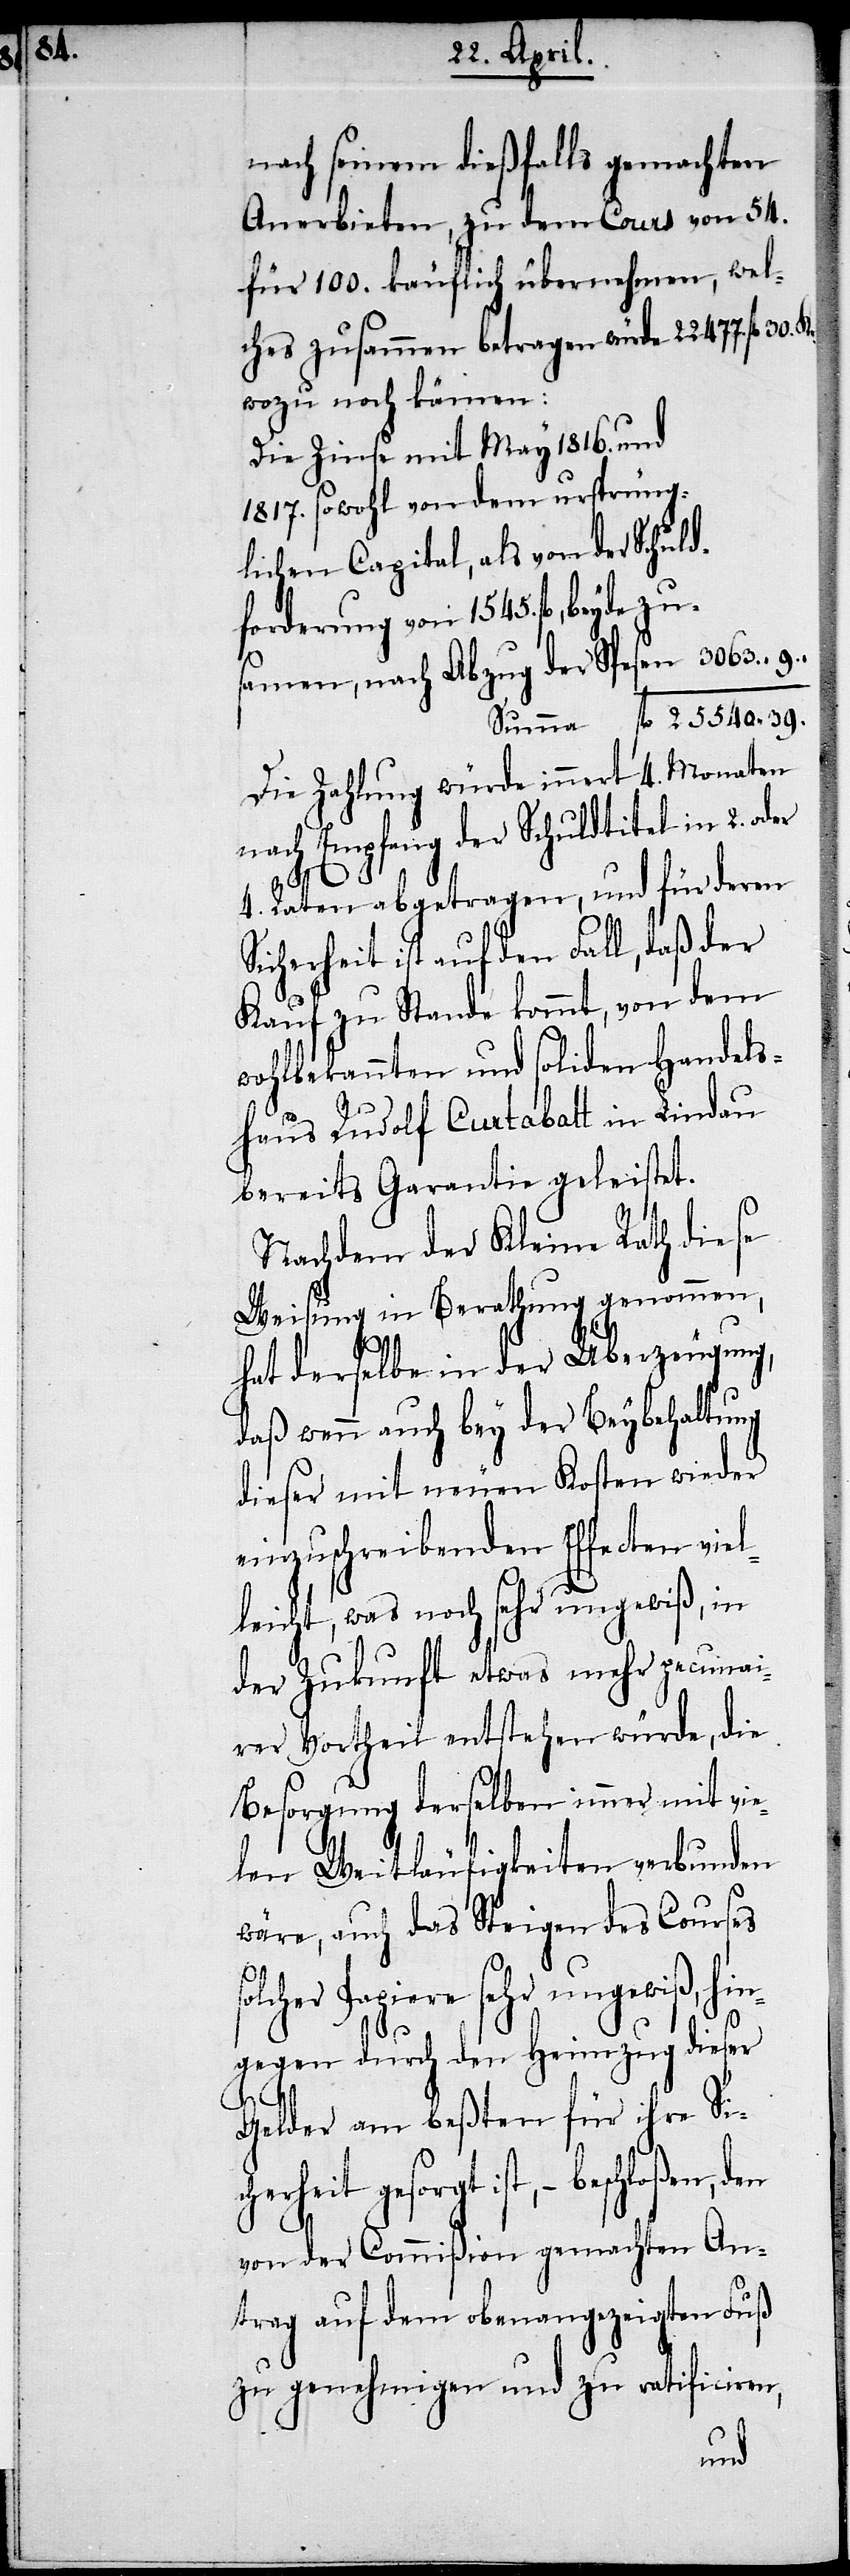
Kr.

nach seinem dießfalls gemachten
Anerbieten, zu dem Cours von 54.
für 100. käuflich übernehmen, welc¬
wozu noch kämen:
Die Zinse mit May 1816. und
1817. sowohl von dem ursprüng¬
lichen Capital, als von der Schuld¬
forderung von 1545. fl., beyde
Summa fl. 25 540. 39.
Die Zahlung würde innert 4. Monaten
nach Empfang der Schuldtitel in 2. oder
4. Raten abgetragen, und für deren
Sicherheit ist auf den Fall, daß der
Kauf zu Stande kommt, von dem
wohlbekannten und soliden Handels¬
haus Rudolf Curtabatt in Lindau
bereits Garantie geleistet.
Nachdem der Kleine Rath diese
Weisung in Berathung genommen,
hat derselbe in der Überzeugung,
daß wenn auch bey der Beybehaltung
dieser mit neuen Kosten wieder
einzuschreibenden Effecten viel¬
leicht, was noch sehr ungewiß, in
der Zukunft etwas mehr pecunai¬
rer Vortheil entstehen würde, die
Besorgung derselben immer mit vie¬
erheit
len Weitläufigkeiten verbunden
wäre, auch das Steigen des Courses
olcher Papiere sehr ungewiß, hin¬
gegen durch den Heimzug dieser
9.
s¬
Gelder am beßten für ihre Sich¬
gesorgt ist, – beschloßen, den
von der Commißion gemachten An¬
trag auf dem obenangezeigten Fuß
zu genehmigen und zu ratificiren,